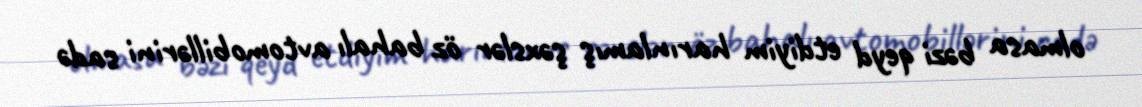
olmasa bəzi qeyd etdiyim harınlamış şəxslər öz bahalı avtomobillərini sadə